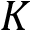
K